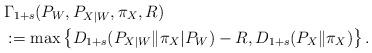
LaTeX: \begin{align*} & \Gamma_{1+s}(P_{W},P_{X|W},\pi_{X},R) \\ & :=\max\left\{ D_{1+s}(P_{X|W}\|\pi_{X}|P_{W})-R,D_{1+s}(P_{X}\|\pi_{X})\right\} .\end{align*}